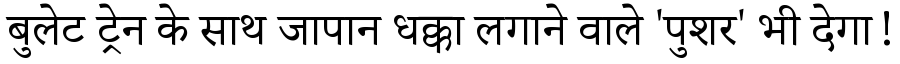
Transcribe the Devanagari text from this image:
बुलेट ट्रेन के साथ जापान धक्का लगाने वाले 'पुशर' भी देगा!